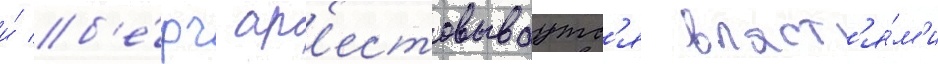
и́ б'е́рч ар'естовываутс'я власт'я́м'и